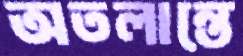
অতলান্তে